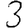
Digit: 3